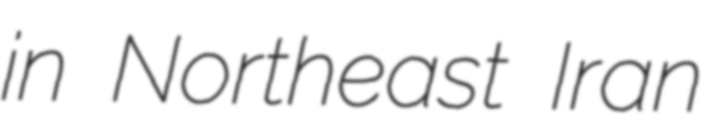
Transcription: in Northeast Iran